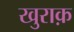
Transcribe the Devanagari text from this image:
खुराक़